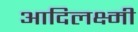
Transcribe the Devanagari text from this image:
आदिलक्ष्मी